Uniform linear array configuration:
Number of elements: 4
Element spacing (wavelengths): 0.5
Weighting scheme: kaiser
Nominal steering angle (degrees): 30
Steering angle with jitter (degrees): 31.588
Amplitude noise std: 0.05
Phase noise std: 0.05

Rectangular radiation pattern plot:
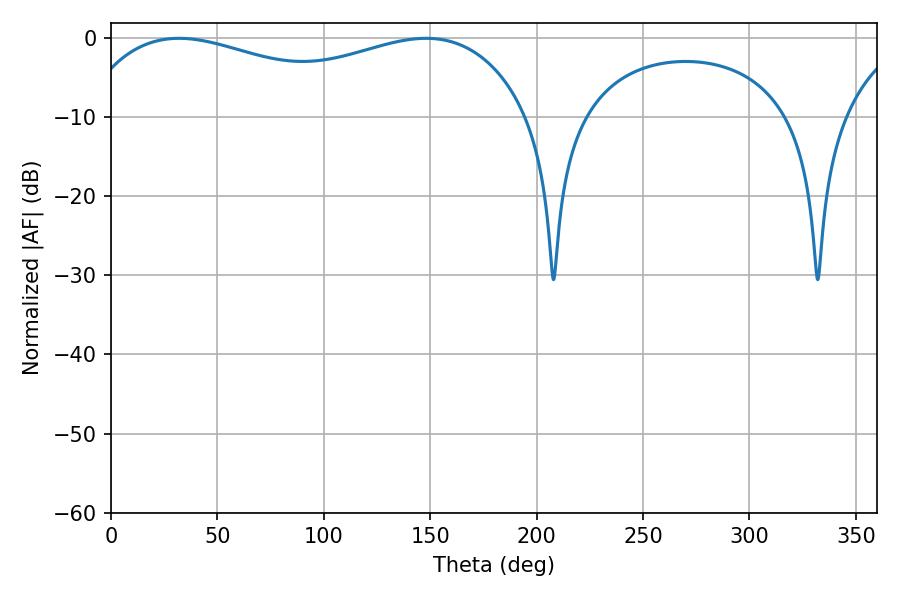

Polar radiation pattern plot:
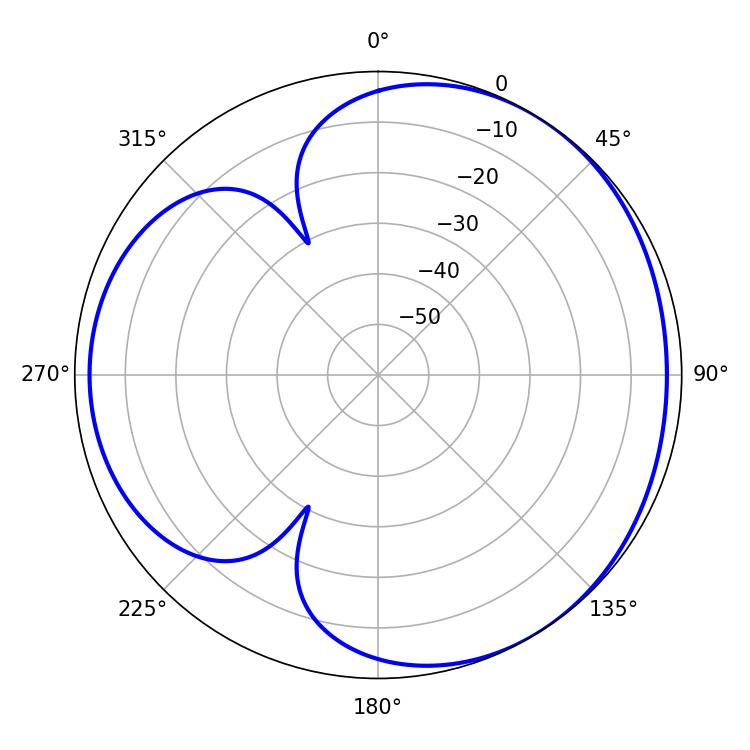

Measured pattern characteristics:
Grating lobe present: FALSE
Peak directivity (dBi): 3.504
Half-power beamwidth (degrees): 173.52
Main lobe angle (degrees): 32.04